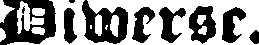
Diwerse.